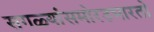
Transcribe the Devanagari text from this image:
सगळ्यांसमोरउभारतो